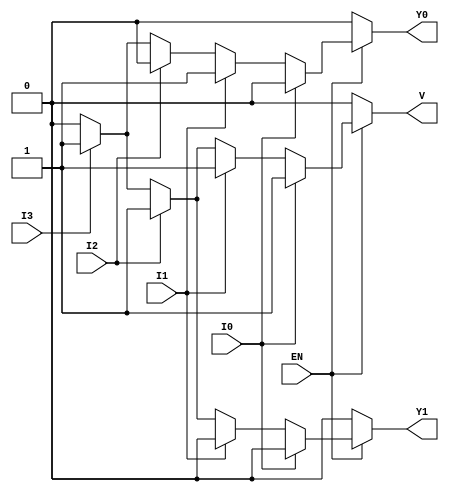
module priority_encoder_4to2 (
    input wire EN,   // Enable signal
    input wire I0,   // Input 0 (highest priority)
    input wire I1,   // Input 1
    input wire I2,   // Input 2
    input wire I3,   // Input 3 (lowest priority)
    output reg Y1,   // Output bit 1
    output reg Y0,   // Output bit 0
    output reg V     // Valid output indicator
);

always @(*) begin
    if (!EN) begin
        // When enable is low, set outputs to defined state
        Y1 = 0;
        Y0 = 0;
        V = 0;
    end else begin
        // When enable is high, check inputs for priority
        if (I0) begin
            Y1 = 0;
            Y0 = 0;
            V = 1; // Valid output
        end else if (I1) begin
            Y1 = 0;
            Y0 = 1;
            V = 1; // Valid output
        end else if (I2) begin
            Y1 = 1;
            Y0 = 0;
            V = 1; // Valid output
        end else if (I3) begin
            Y1 = 1;
            Y0 = 1;
            V = 1; // Valid output
        end else begin
            // No inputs are active
            Y1 = 0;
            Y0 = 0;
            V = 0; // No valid output
        end
    end
end

endmodule